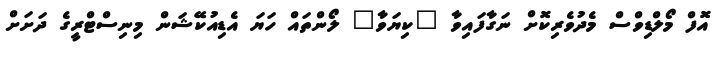
އޮފް މޯލްޑިވްސް މެދުވެރިކޮށް ނަގާފައިވާ "ކިޔަވާ" ލޯންތައް ހަޔަ އެޑިއުކޭޝަން މިނިސްޓްރީގެ ދަށަށް